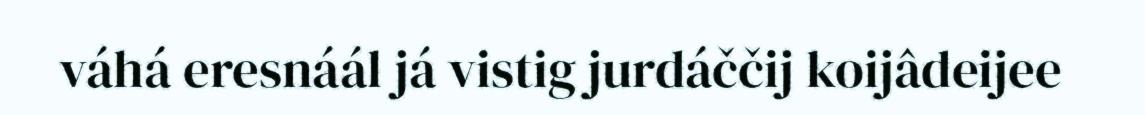
váhá eresnáál já vistig jurdáččij koijâdeijee